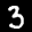
Label: 3